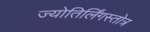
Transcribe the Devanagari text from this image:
ज्योतिर्लिंगस्तोत्र